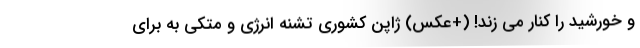
و خورشید را کنار می زند! (+عکس) ژاپن کشوری تشنه انرژی و متکی به برای